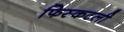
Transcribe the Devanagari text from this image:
फिस्कटली